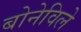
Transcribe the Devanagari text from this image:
बोनेविले